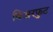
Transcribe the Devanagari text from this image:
बिअरफुट